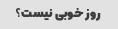
روز خوبی نیست؟